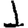
Digit: 1